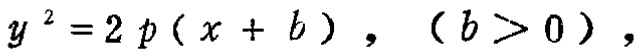
\[y^{2}=2p(x + b),(b>0),\]